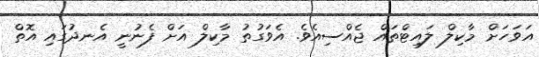
އަވަހަށް މާކިލް ލައިޓްތައް ޖެއްސިއެވެ. އެވަގުތު މާކިލް އަށް ފެނުނީ އެނދުގައި އޮތް